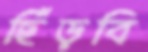
ছিঁড়বি